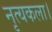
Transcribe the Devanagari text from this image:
नृत्‍यकला।